Scientific memoirs by medical officers of the Army of India - Part XII,
Year: 1901
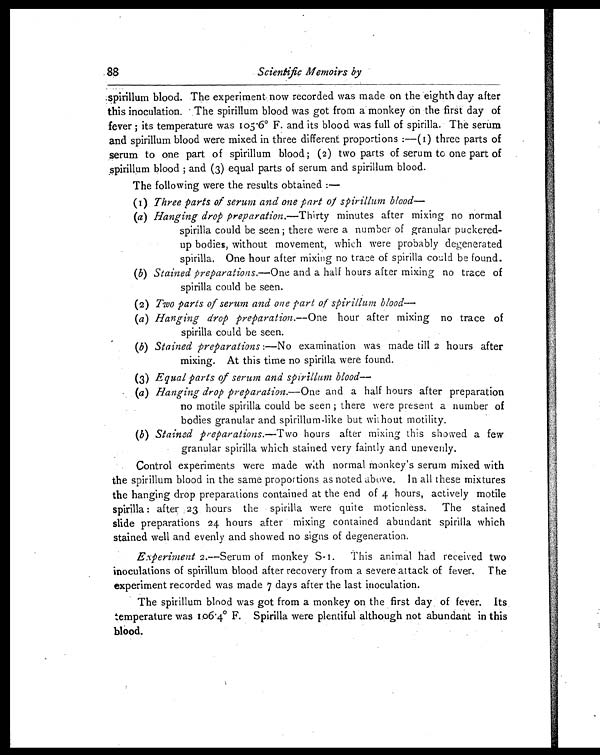
88
Scientific Memoirs by
spirillum blood. The experiment . now recorded was made on the eighth day after
this inoculation. The spirillum blood was got from a monkey on the first day of
fever ; its temperature was 105.6° F. and its blood was full of spirilla. The serum
and spirillum blood were mixed in three different proportions :—(1) three parts of
serum to one part of spirillum blood; (2) two parts of serum to one part of
spirillum blood ; and (3) equal parts of serum and spirillum blood.
The following were the results obtained :—
(1) Three parts of serum and one part of spirillum blood
(a) Hanging drop preparation.— Thirty minutes after mixing no normal
spirilla could be seen ; there were a number of granular puckered-
up bodies, without movement, which were probably degenerated
spirilla, One hour after mixing no trace of spirilla could be found.
(b) Stained preparations.—One and a half hours after mixing no trace of
spirilla could be seen.
(2) Two parts of serum and one part of spirillum blood
—
(a) Hanging drop preparation.— One hour after mixing no trace of
spirilla could be seen.
(b) Stained preparations :—No examination was made till 2 hours after
mixing. At this time no spirilla were found.
(3) Equal parts of serum and spirillum blood—
(a) Hanging drop preparation.— One and a half hours after preparation
no motile spirilla could be seen ; there were present a number of
bodies granular and spirillum-like but without motility.
(b) Stained preparations.—Two hours after mixing this showed a few
granular spirilla which stained very faintly and unevenly.
Control experiments were made with normal monkey's serum mixed with
the spirillum blood in the same proportions as noted above. In all these mixtures
the hanging drop preparations contained at the end of 4 hours, actively motile
spirilla : after 23 hours the spirilla were quite motionless. The stained
slide preparations 24 hours after mixing contained abundant spirilla which
stained well and evenly and showed no signs of degeneration.
Experiment 2.—Serum of monkey S-1. This animal had received two
inoculations of spirillum blood after recovery from a severe attack of fever. The
experiment recorded was made 7 days after the last inoculation.
The spirillum blood was got from a monkey on the first day of fever. Its
temperature was 106.4° F. Spirilla were plentiful although not abundant in this
blood.